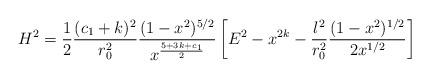
LaTeX: \begin{align*}H^2 = \frac{1}{2} \frac{(c_1 + k)^2}{r_0^2}\frac{(1-x^2)^{5/2}}{x^{\frac{5+3k+c_1}{2}}} \left[ E^2 - x^{2k} -\frac{l^2}{r_0^2} \frac{(1-x^2)^{1/2}}{2x^{1/2}} \right]\end{align*}